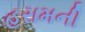
હરામની